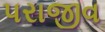
પરાજીવ